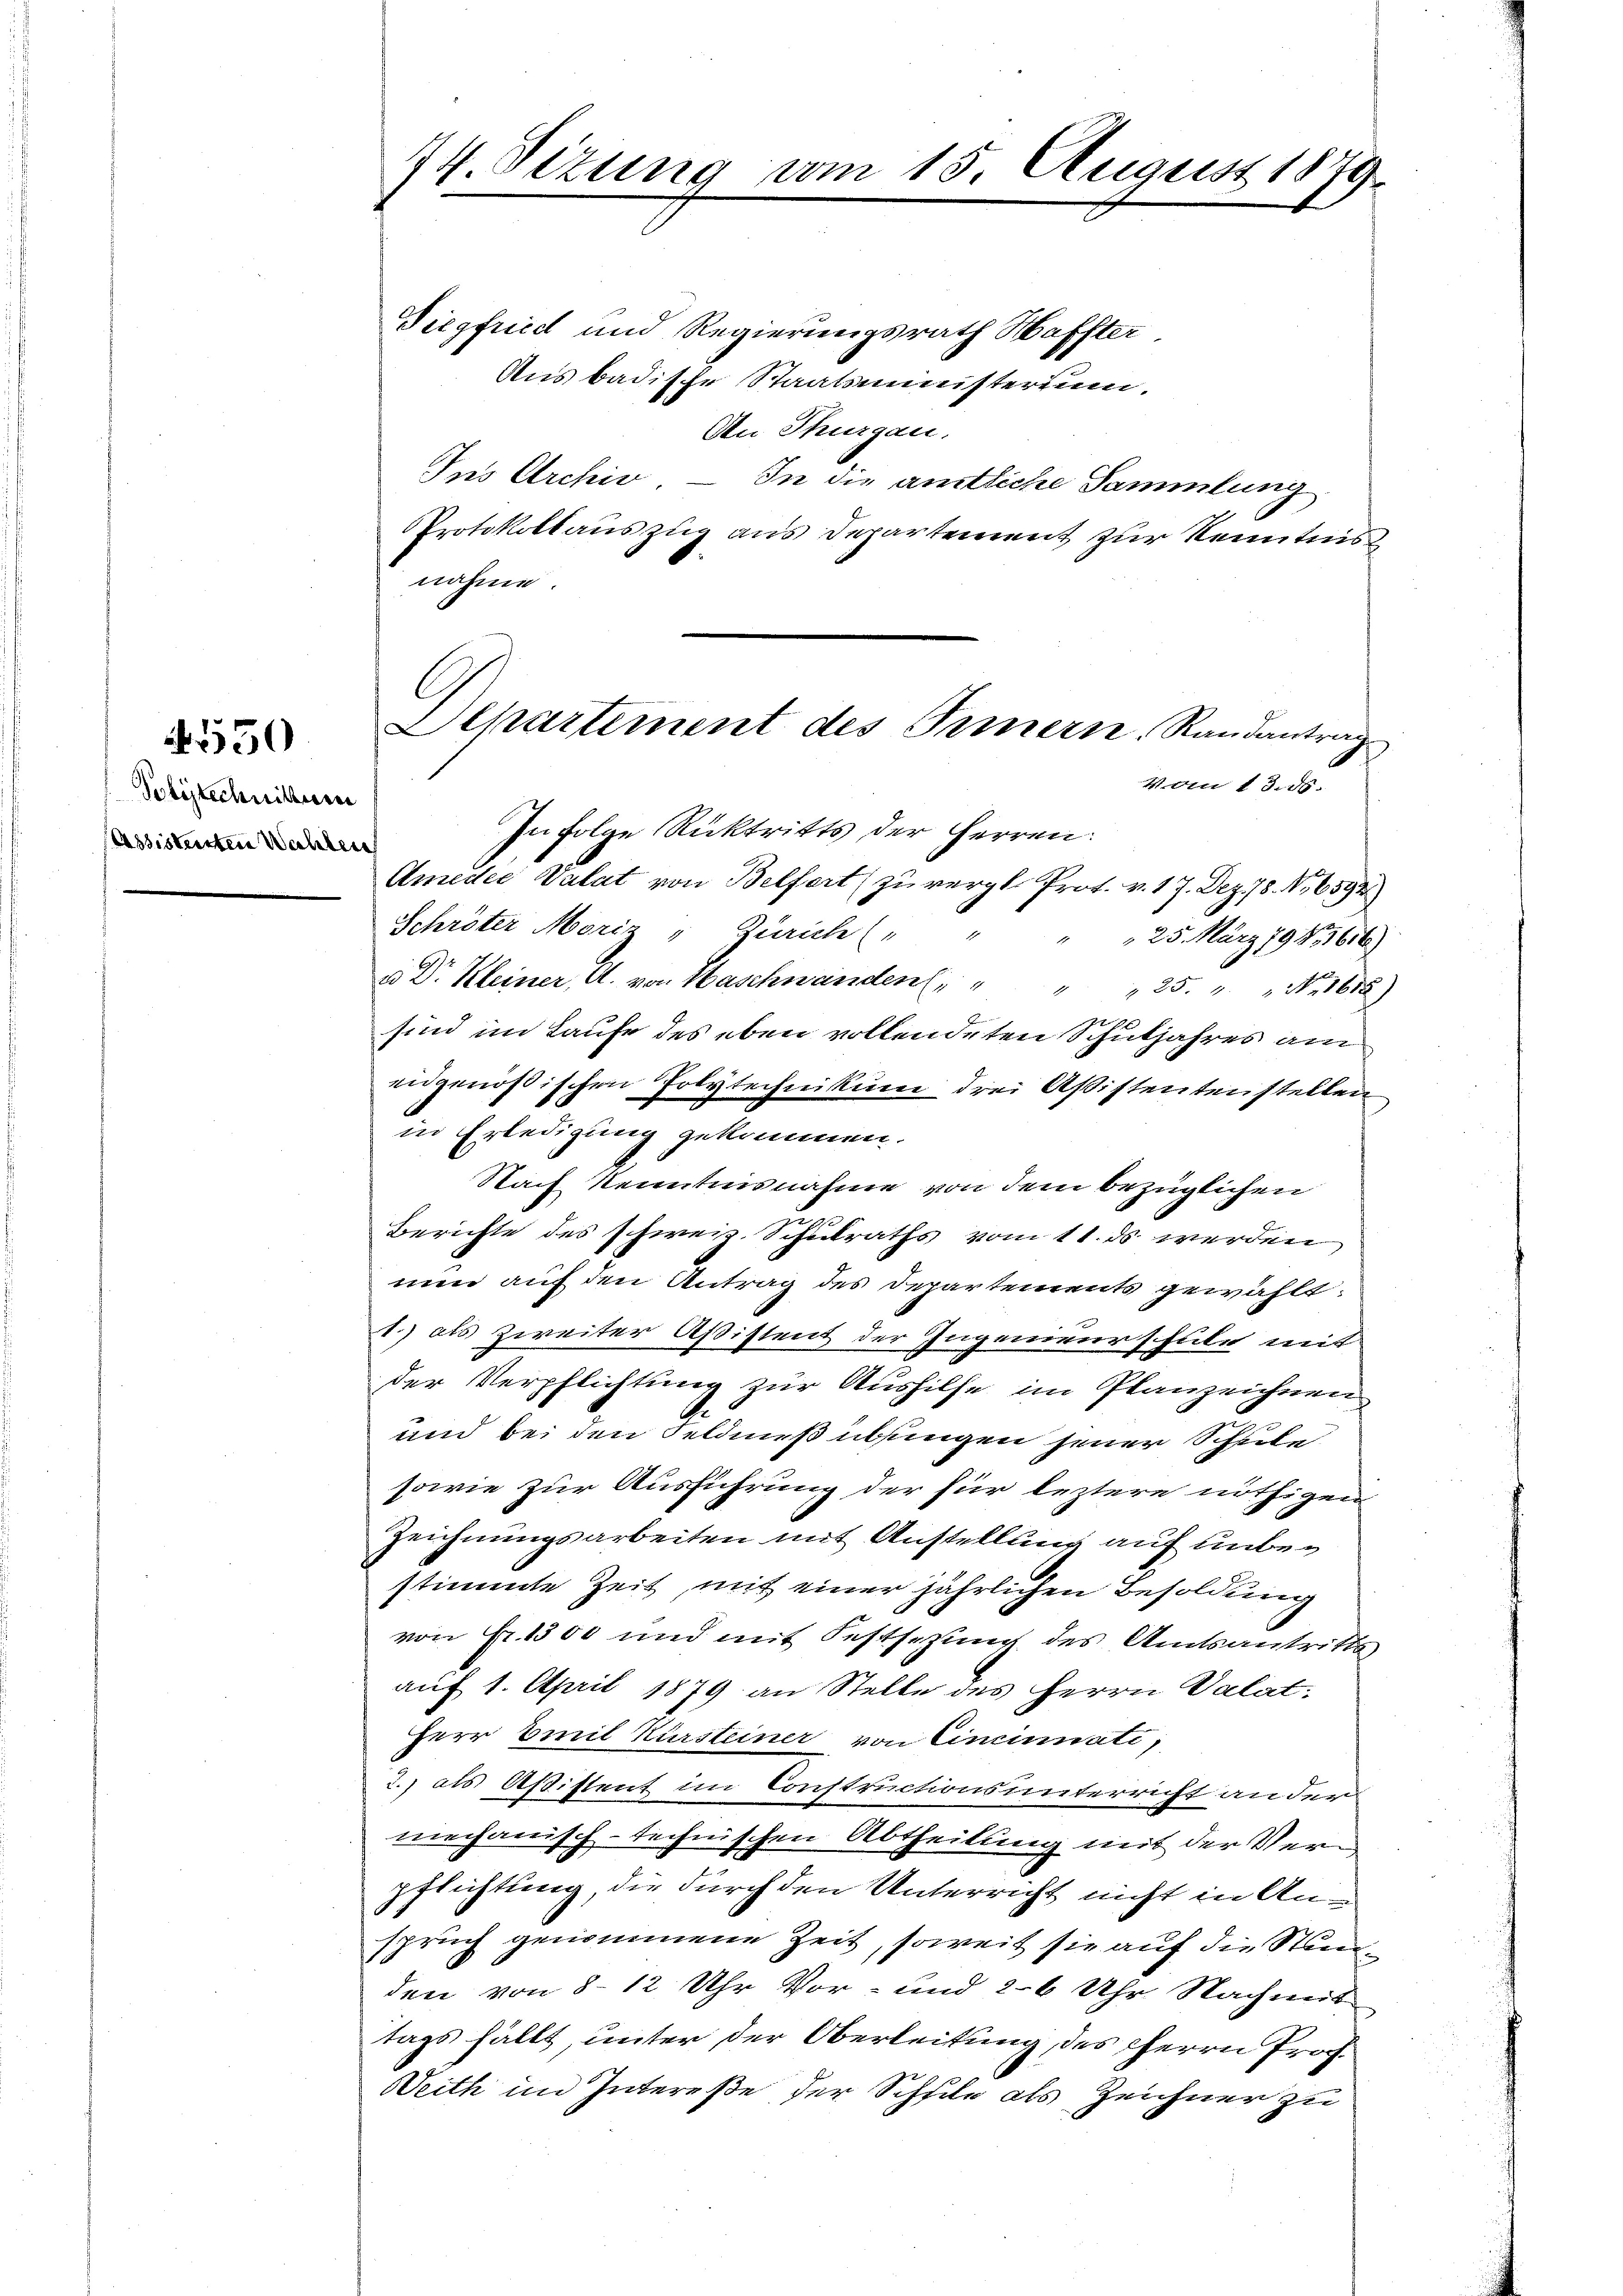
1550

Polstechnittiren
Assistensten Wahlen

Siegfriedl und Regierungsrath Haffter
Aus badische Staatsministerium.
An Thurgau.
Ins Archiv – In die amtliche Sammlung
PProtokollauszug aus Departement zur Kenntnis
nahme.

74 Sizung

vom

15. August 1879.

Departement des Innern Randantrag
V.An 13. 85.

In Folge Rücktritts der Herren:
Amedes Valat von Belfort zu vergl. Prot. v. 17. Dez. 18. No. 6592
Schröter Moriz " Zürich (
25. März 194. 1616)
u Dr. Kleiner, A. von Maschwänden " " " " 25. " Nr 1618)
sind im Laufe des eben vollendeten Schuljahres am
engenößischen Polytechnikum drei Aßistentenstellen
in Erledigung gekommen.
Nach Kenntnisnahme von dem bezüglichen
Berichte des schweiz. Schulraths vom 11. ds werden
nun auf den Antrag des Departements gewählt:
1.) als zweiter Aßistent der Ingenieurschule mit
der Verpflichtung zur Aushilfe im Planzeichnen
und bei den Feldmießübungen jener Schule
sowie zur Ausführung der für leztere nöthigen
Zeichnungsarbeiten mit Anstellung auf unbestimmte Zeit, mit einer jährlichen Besoldung
von Fr. 1300 und mit Festsezung des Amtsantritts
auf 1. April 1879 an Stelle des Herrn Valat
Herr Emil Kürsteiner von Cincinati,
2.) als Aßistent im Constructionsunterricht an der
mechanisch-technischen Abtheilung mit der Verpflichtung, die durch den Unterricht nicht in Anspruch genommene Zeit, soweit sie auf die Stunden von 8 - 12 Uhr Vor- und 26 Uhr Nachmit
tags fällt, unter der Oberleitung, des Herrn Prof.
Weith im Intereße der Schfile als Zeichner zu